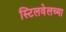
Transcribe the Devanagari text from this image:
स्टिलवेलच्या